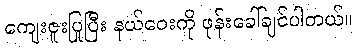
ကျေးဇူးပြုပြီး နယ်ဝေးကို ဖုန်းခေါ်ချင်ပါတယ်။